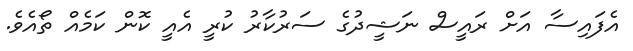
އެފައިސާ އަށް ރައީސް ނަޝީދުގެ ސަރުކާރު ކުރީ އެއީ ކޮން ކަމެއް ތޯއެވެ.